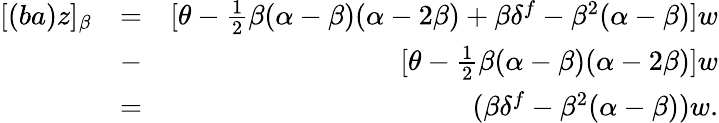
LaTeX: \begin{array}{rlr}{[(ba)z]_{\beta}}&{=}&{[\theta-\frac{1}{2}\beta(\alpha-\beta)(\alpha-2\beta)+\beta\delta^{f}-\beta^{2}(\alpha-\beta)]w}\\ &{-}&{[\theta-\frac{1}{2}\beta(\alpha-\beta)(\alpha-2\beta)]w}\\ &{=}&{(\beta\delta^{f}-\beta^{2}(\alpha-\beta))w.}\end{array}